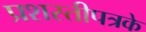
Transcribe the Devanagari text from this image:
प्रशस्तीपत्रके